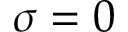
\sigma = 0